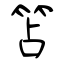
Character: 笘